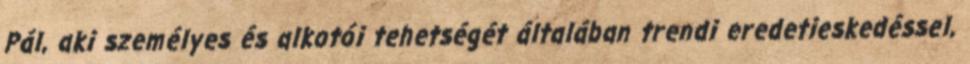
Pál, aki személyes és alkotói tehetségét általában trendi eredetieskedéssel,